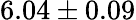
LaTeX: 6.04\pm 0.09